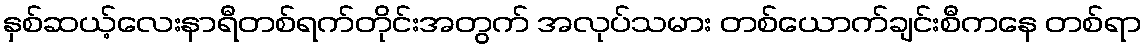
နှစ်ဆယ့်လေးနာရီတစ်ရက်တိုင်းအတွက် အလုပ်သမား တစ်ယောက်ချင်းစီကနေ တစ်ရာ